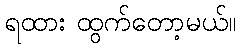
ရထား ထွက်တော့မယ်။